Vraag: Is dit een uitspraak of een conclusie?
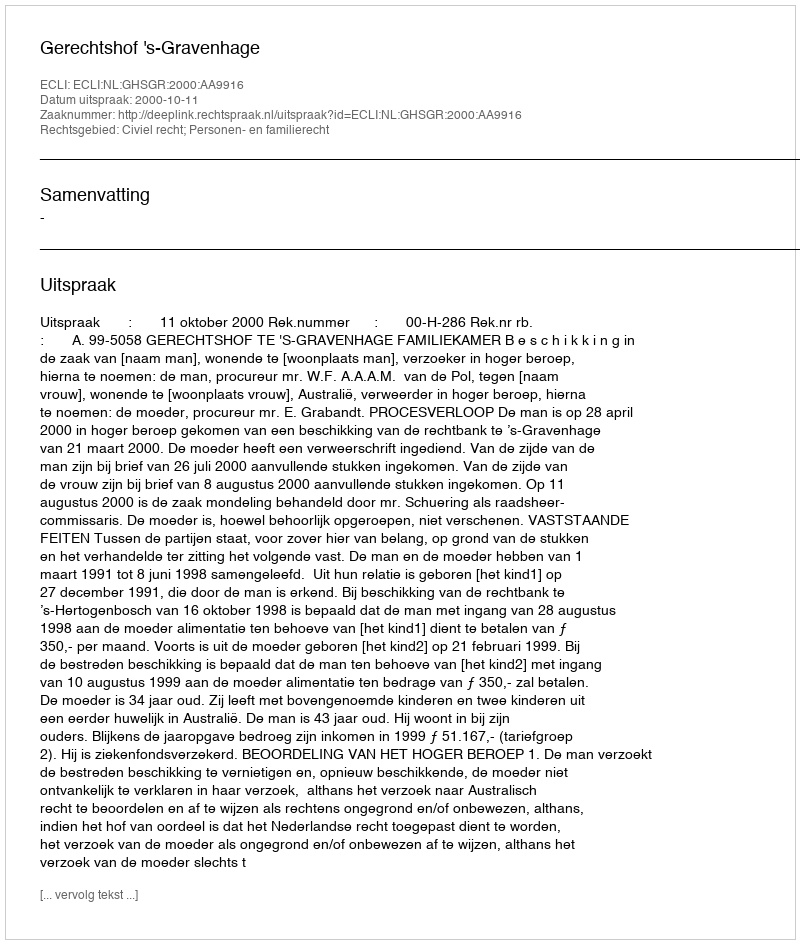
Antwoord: Uitspraak